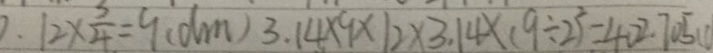
. 1 2 \times \frac { 3 } { 4 } - 9 0 ( d m ) 3 . 1 4 \times 9 \times 1 2 \times 3 . 1 4 \times ( 9 \div 2 ) ^ { 2 } = 4 0 2 . 7 0 5 ( c